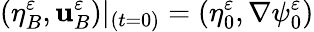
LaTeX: (\eta_{B}^{\varepsilon},\mathbf{u}_{B}^{\varepsilon})\vert_{(t=0)}=(\eta_{0}^{\varepsilon},\nabla\psi_{0}^{\varepsilon})